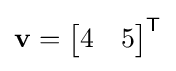
\mathbf {v} ={\begin{bmatrix}4&5\end{bmatrix}}^{\textsf {T}}